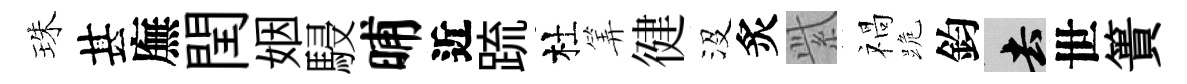
珠甚廡閏姻駸晡近䟽杜筭徤沒炙𬗋禍跪鈞去世簣